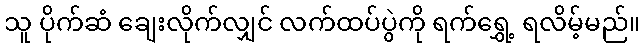
သူ ပိုက်ဆံ ချေးလိုက်လျှင် လက်ထပ်ပွဲကို ရက်ရွှေ့ ရလိမ့်မည်။